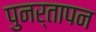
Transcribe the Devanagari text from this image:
पुनर्तापन